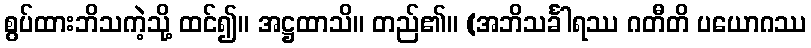
စွပ်ထားဘိသကဲ့သို့ ထင်၍။ အဋ္ဌထာသိ။ တည်၏။ (အဘိသင်္ခါရဿ ဂတီတိ ပယောဂဿ